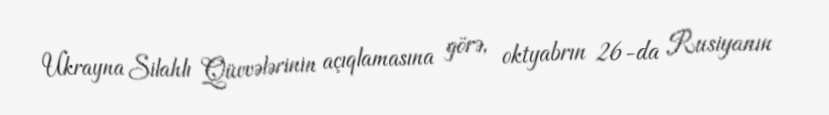
Ukrayna Silahlı Qüvvələrinin açıqlamasına görə, oktyabrın 26-da Rusiyanın